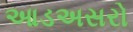
આડઅસરો